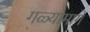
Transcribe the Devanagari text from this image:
गळ्यामागे